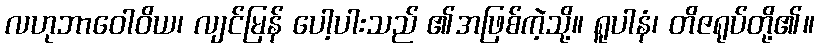
လဟုဘာဝေါဝိယ၊ လျင်မြန် ပေါ့ပါးသည် ၏အဖြစ်ကဲ့သို့။ ရူပါနံ၊ တိဇရုပ်တို့၏။